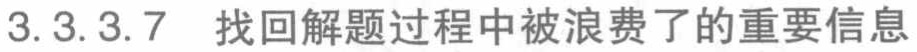
3.3.3.7 找回解题过程中被浪费了的重要信息